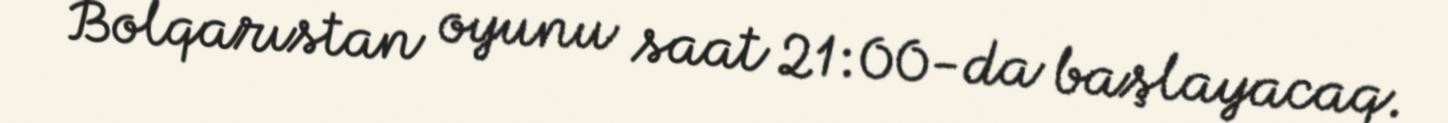
- Bolqarıstan oyunu saat 21:00-da başlayacaq.